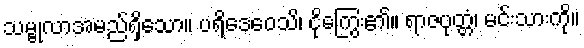
သမ္ဗုလာအမည်ရှိသော။ ပရိဒေဝေသိ၊ ငိုကြွေး၏။ ရာဇပုတ္တံ၊ မင်းသားကို။